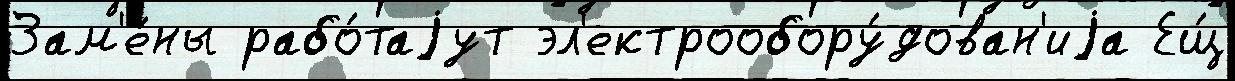
Зам'е́ны рабо́таjут эл'ектрообору́дован'иjа Ещ́